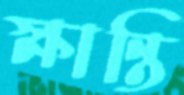
ক্ষান্তি